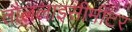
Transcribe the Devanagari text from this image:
तौललाइसीमीटर